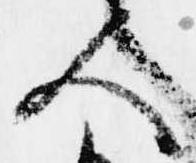
人